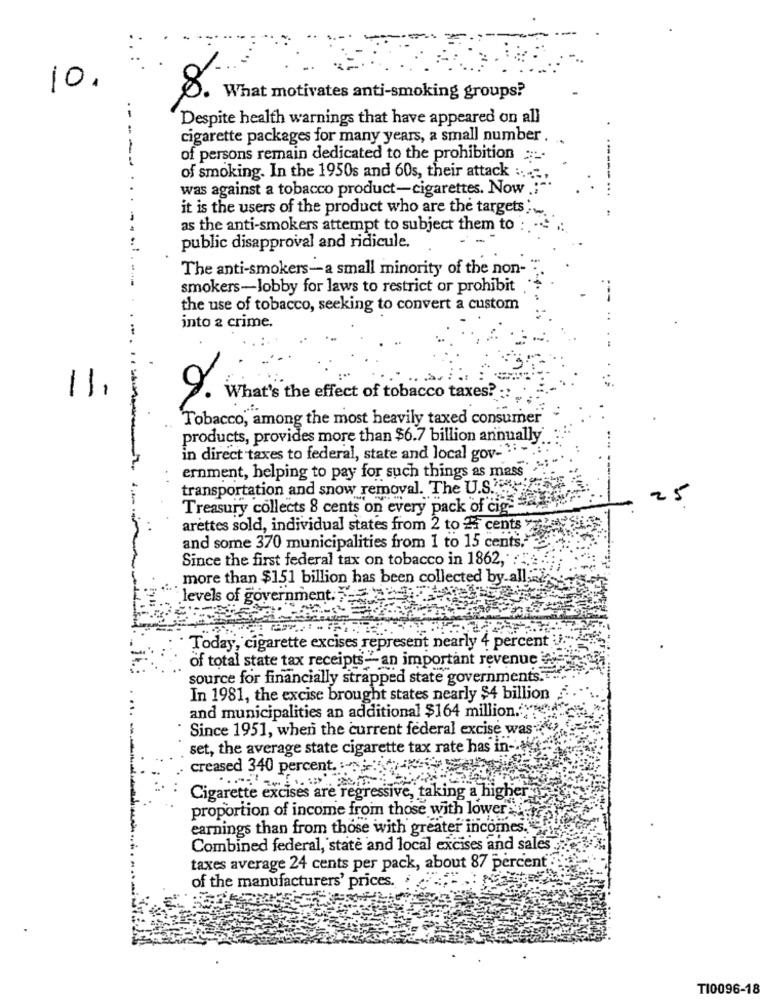
10.
What motivates anti-smoking groups?
Despite health warnings that have appeared on all
-
cigarette packages for many years, a small number .
of persons remain dedicated to the prohibition :.
of smoking. In the 1950s and 60s, their attack :...
was against a tobacco product-cigarettes. Now
------ ...
it is the users of the product who are the targets',
as the anti-smokers attempt to subject them to
public disapproval and ridicule.
The anti-smokers-a small minority of the non-
smokers-lobby for laws to restrict or prohibit ."
---
the use of tobacco, seeking to convert a custom
into a crime.
11.
9.
. What's the effect of tobacco taxes? :
Tobacco, among the most heavily taxed consumer
products, provides more than $6.7 billion annually
in direct taxes to federal, state and local gov-"
ernment, helping to pay for such things as mass"
transportation and snow removal. The U.S.
25
Treasury collects 8 cents on every pack of cio - MF
arettes sold, individual states from 2 to 24 cents ys
and some 370 municipalities from 1 to 15 cents."
Since the first federal tax on tobacco in 1862,
more than $151 billion has been collected by-all;
levels of government.
Today, cigarette excises represent nearly 4 percent
of total state tax receipts -- an important revenue
source for financially strapped state governments.
In 1981, the excise brought states nearly $4 billion
and municipalities an additional $164 million."
Since 1951, when the current federal excise was
set, the average state cigarette tax rate has in -. W.
creased 340 percent. ...:
Cigarette excises are regressive, taking a higher
proportion of income from those with lower*
earnings than from those with greater incomes.
Combined federal, state and local excises and sales
taxes average 24 cents per pack, about 87 percent :
of the manufacturers' prices.
TI0096-18